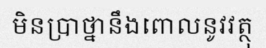
មិនប្រាថ្នានឹងពោលនូវវត្ថុ